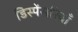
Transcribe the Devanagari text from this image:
डिस्पेंसरियाँ